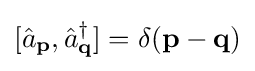
[{\hat {a}}_{\mathbf {p} },{\hat {a}}_{\mathbf {q} }^{\dagger }]=\delta (\mathbf {p} -\mathbf {q} )